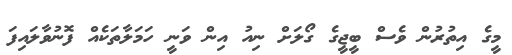
މީގެ އިތުރުން ވެސް ބީޖީގެ ގޯލަށް ނިއު އިން ވަނީ ހަމަލާތަކެއް ފޮނުވާލައިފަ